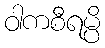
ဝါကစီရမ္ပိ